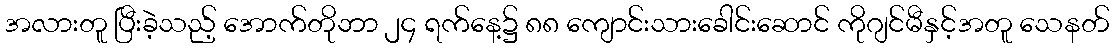
အလားတူ ပြီးခဲ့သည့် အောက်တိုဘာ ၂၄ ရက်နေ့၌ ၈၈ ကျောင်းသားခေါင်းဆောင် ကိုဂျင်မီနှင့်အတူ သေနတ်